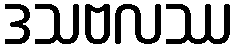
ဒသဗလဿ